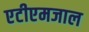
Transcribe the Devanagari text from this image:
एटीएमजाल